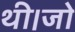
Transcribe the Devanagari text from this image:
थी।जो